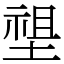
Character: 𡏄